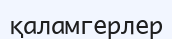
қаламгерлер